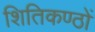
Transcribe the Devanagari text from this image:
शितिकण्ठों